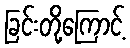
ခြင်းတို့ကြောင့်